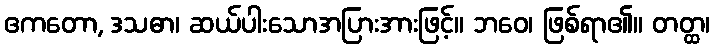
ဧကတော, ဒသဓာ၊ ဆယ်ပါးသောအပြားအားဖြင့်။ ဘဝေ၊ ဖြစ်ရာ၏။ တတ္ထ၊